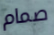
صمام